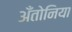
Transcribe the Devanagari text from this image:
अँतोनिया